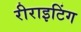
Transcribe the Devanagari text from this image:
रीराइटिंग